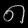
Digit: ၈